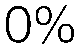
0%